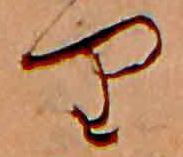
り